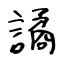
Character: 譎